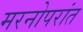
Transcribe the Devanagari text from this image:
मरनोपरांत